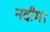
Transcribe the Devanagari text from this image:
नदीम।